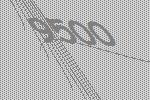
9500